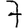
Digit: 7